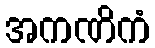
အကဏိကံ